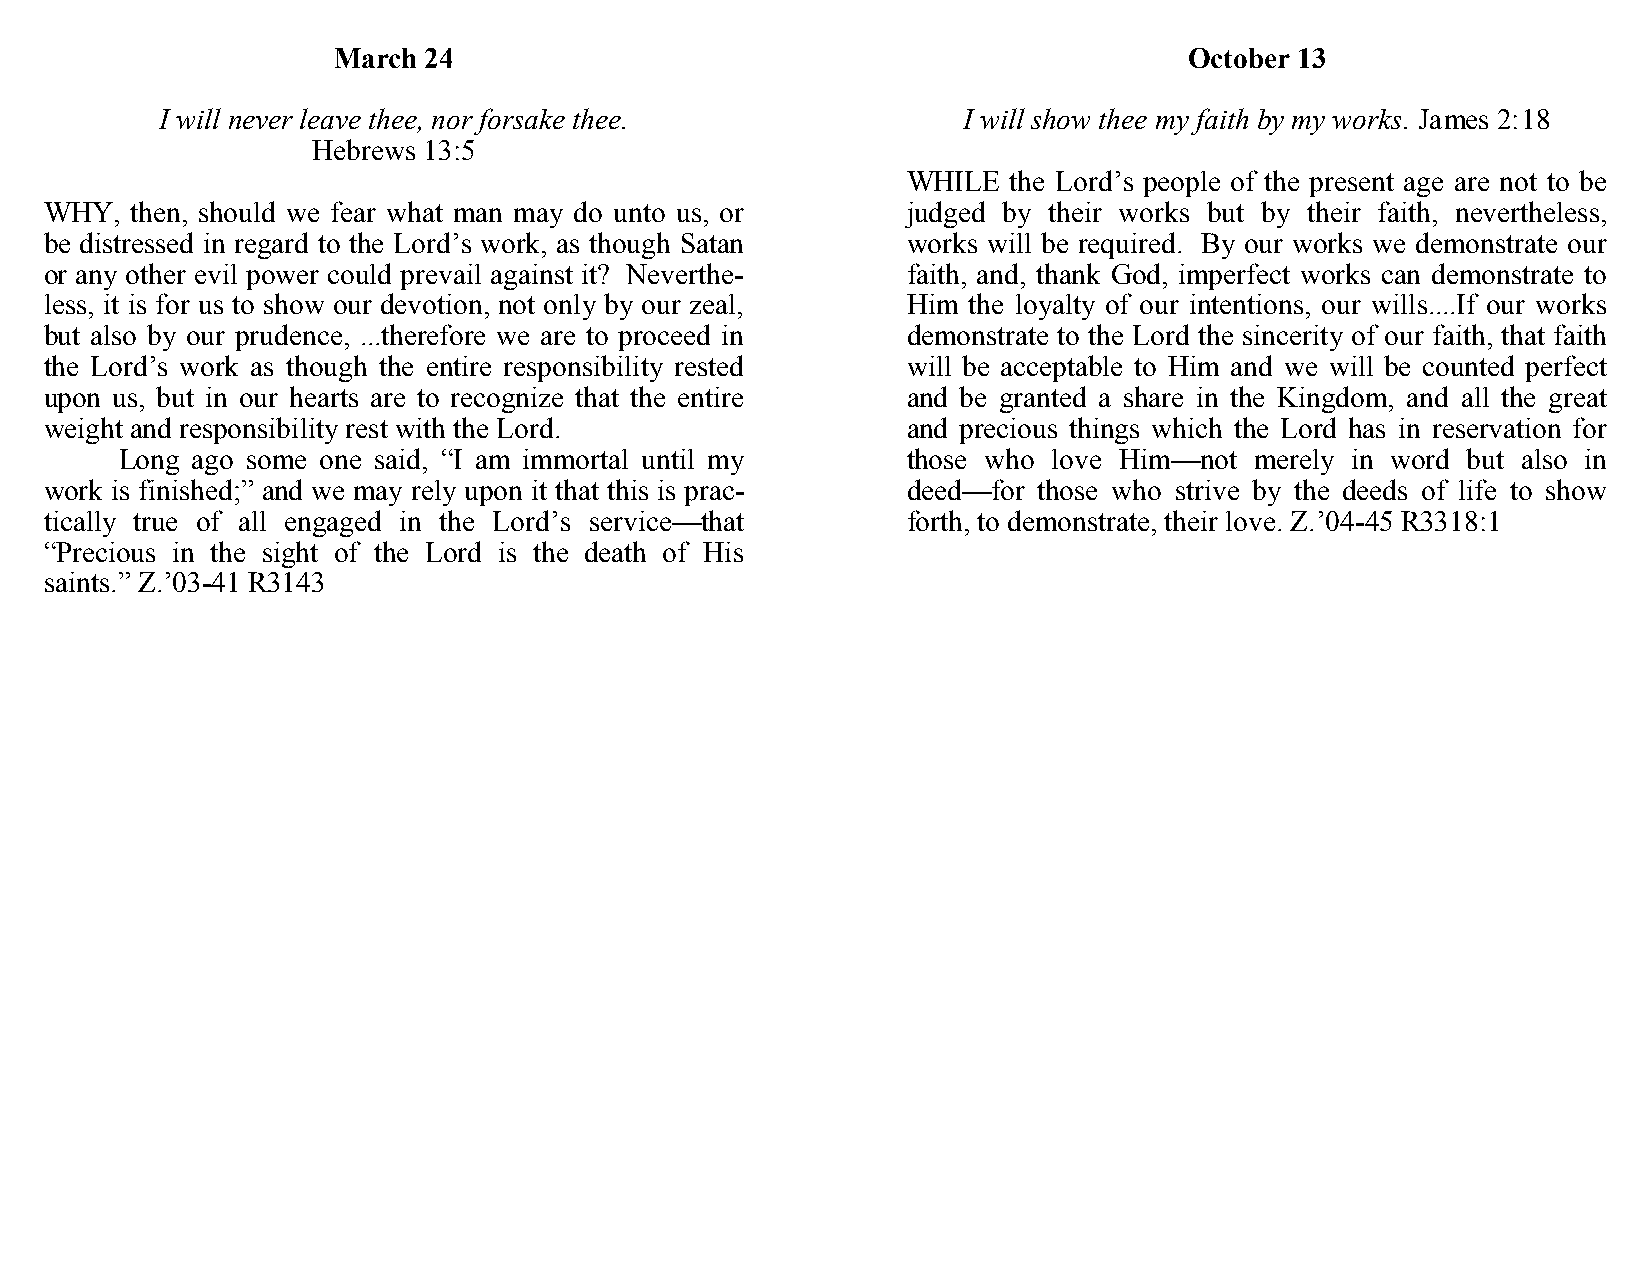
March 24                                                 October 13
 I will never leave thee, nor forsake thee.           I will show thee my faith by my works. James 2:18
 Hebrews 13:5
 WHILE  the Lord’s people of the present age are not to be
 WHY,  then, should we fear what man may do unto us, or   judged by their works but by their faith, nevertheless,
 be distressed in regard to the Lord’s work, as though Satan works will be required. By our works we demonstrate our
 or any other evil power could prevail against it? Neverthe- faith, and, thank God, imperfect works can demonstrate to
 less, it is for us to show our devotion, not only by our zeal, Him the loyalty of our intentions, our wills....If our works
 but also by our prudence, ...therefore we are to proceed in demonstrate to the Lord the sincerity of our faith, that faith
 the Lord’s work as though the entire responsibility rested will be acceptable to Him and we will be counted perfect
 upon us, but in our hearts are to recognize that the entire and be granted a share in the Kingdom, and all the great
 weight and responsibility rest with the Lord.            and precious things which the Lord has in reservation for
 Long ago some one said, “I am immortal until my     those who love Him—not merely in word but also in
 work is finished;” and we may rely upon it that this is prac- deed—for those who strive by the deeds of life to show
 tically true of all engaged in the Lord’s service—that   forth, to demonstrate, their love. Z.’04-45 R3318:1
 “Precious in the sight of the Lord is the death of His
 saints.” Z.’03-41 R3143